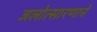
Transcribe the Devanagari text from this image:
जलोत्सारणाने